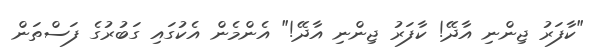
"ކާފަރު ޖިންނި އާދޭ! ކާފަރު ޖިންނި އާދޭ!" އެންމެން އެކުގައި ގަބުރުގެ ފަސްތަން